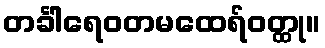
တင်္ခါရေဝတမထေရ်ဝတ္ထု။